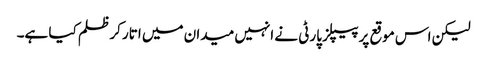
لیکن اس موقع پر پیپلز پارٹی نے انہیں میدان میں اتار کر ظلم کیا ہے۔